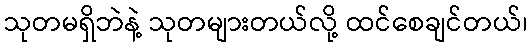
သုတမရှိဘဲနဲ့ သုတများတယ်လို့ ထင်စေချင်တယ်၊